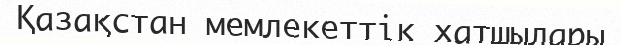
Қазақстан мемлекеттік хатшылары